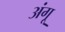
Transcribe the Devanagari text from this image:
अंगू